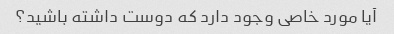
آیا مورد خاصی وجود دارد که دوست داشته باشید؟